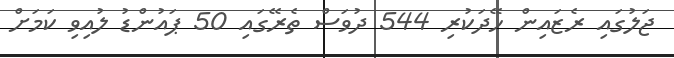
ޖަލުގައި ރެޒައިން ހޭދަކުރި 544 ދުވަސް ތެރޭގައި 50 ޕައުންޑު ލުއިވި ކަމަށް